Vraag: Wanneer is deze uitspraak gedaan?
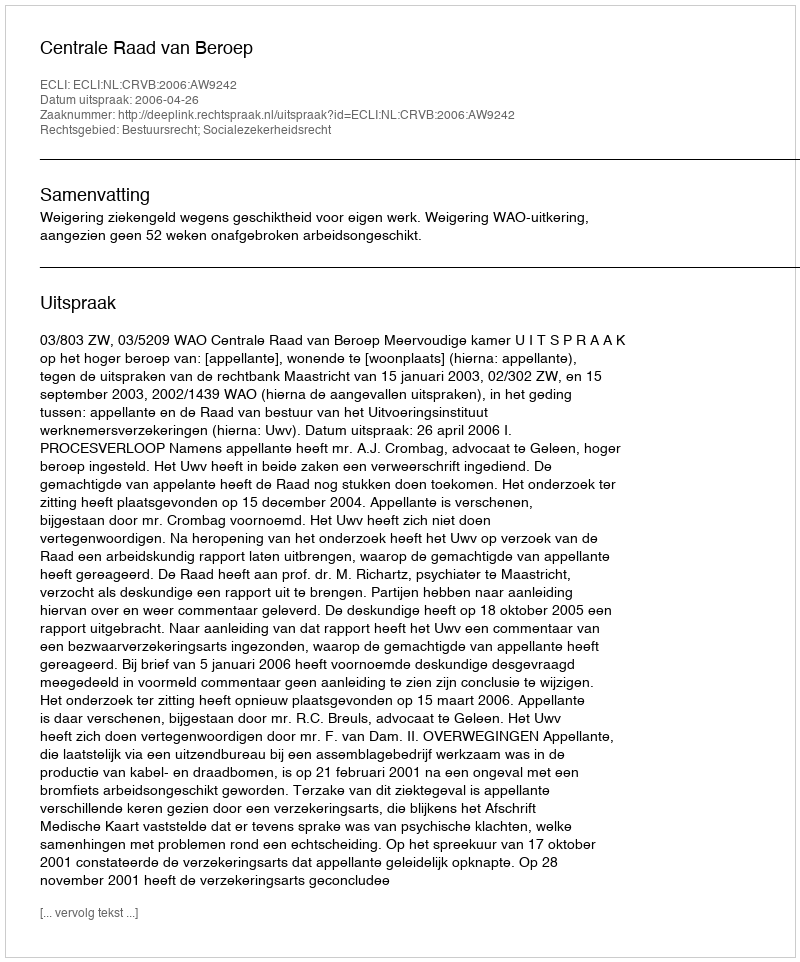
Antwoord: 2006-04-26